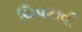
ચિપકાવી